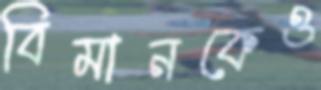
বিমানকেও